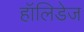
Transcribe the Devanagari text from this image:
हॉलिडेज